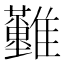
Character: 𩁪